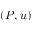
( P , u )